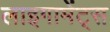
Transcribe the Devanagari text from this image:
लाइगामेंट्स